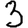
Digit: 3